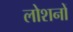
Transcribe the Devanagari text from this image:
लोशनों